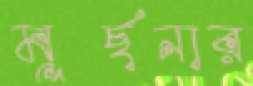
মূর্ছনার